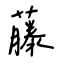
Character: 藤